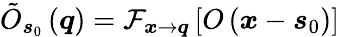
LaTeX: \tilde{O}_{\boldsymbol{s}_{0}}\left(\boldsymbol{q}\right)=\mathcal{F}_{\boldsymbol{x}\rightarrow\boldsymbol{q}}\left[O\left(\boldsymbol{x}-\boldsymbol{s}_{0}\right)\right]